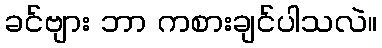
ခင်ဗျား ဘာ ကစားချင်ပါသလဲ။